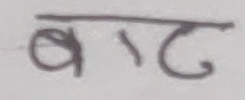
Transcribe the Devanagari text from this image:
बाट